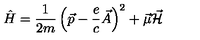
\hat { H } = { \frac { 1 } { 2 m } } \left( \vec { p } - { \frac { e } { c } } \vec { A } \right) ^ { 2 } + \vec { \mu } \vec { \cal H }